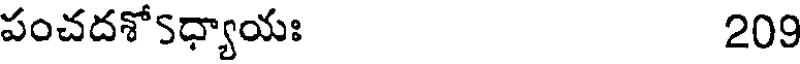
పంచదశోSధ్యాయః 209